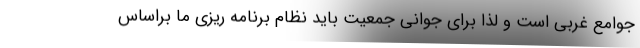
جوامع غربی است و لذا برای جوانی جمعیت باید نظام برنامه ریزی ما براساس